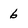
Character: 6